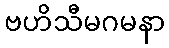
ဗဟိသီမဂမနာ